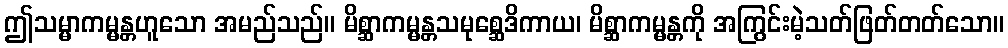
ဤသမ္မာကမ္မန္တဟူသော အမည်သည်။ မိစ္ဆာကမ္မန္တသမုစ္ဆေဒိကာယ၊ မိစ္ဆာကမ္မန္တကို အကြွင်းမဲ့သတ်ဖြတ်တတ်သော။